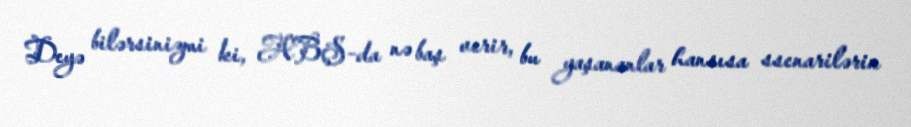
Deyə bilərsinizmi ki, ABŞ-da nə baş verir, bu yaşananlar hansısa ssenarilərin